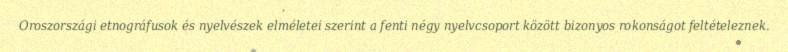
Oroszországi etnográfusok és nyelvészek elméletei szerint a fenti négy nyelvcsoport között bizonyos rokonságot feltételeznek.